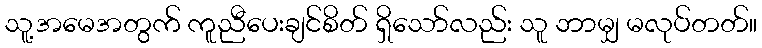
သူ့အမေအတွက် ကူညီပေးချင်စိတ် ရှိသော်လည်း သူ ဘာမျှ မလုပ်တတ်။